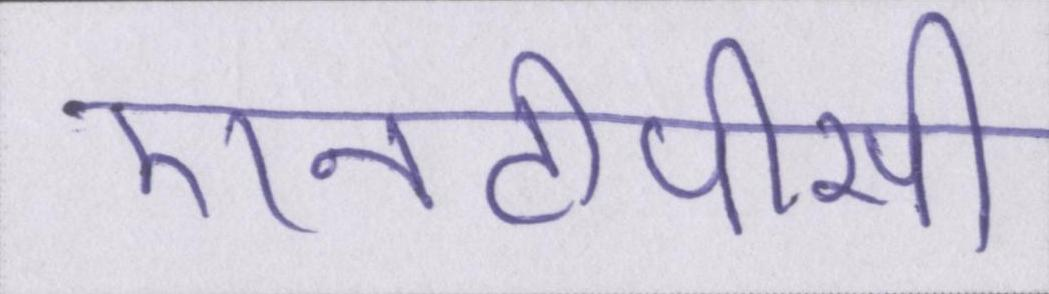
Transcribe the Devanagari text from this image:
एनटीपीसी